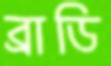
ব্রাডি